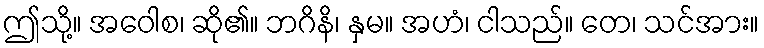
ဤသို့။ အဝေါစ၊ ဆို၏။ ဘဂိနိ၊ နှမ။ အဟံ၊ ငါသည်။ တေ၊ သင်အား။